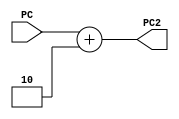
module PC2 (
  input [7:0] PC,
  output reg [7:0] PC2
);

  always @(*) begin
    PC2 = PC + 2;
  end

endmodule